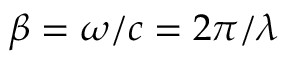
\beta = \omega / c = 2 \pi / \lambda